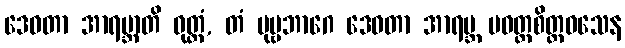
ဒေဝတာ အာရဗ္ဘာတိ ဝုတ္တံ, တံ ပုဗ္ဗဘာဂေ ဒေဝတာ အာရဗ္ဘ ပဝတ္တစိတ္တဝသေန